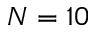
N = 1 0